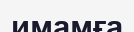
имамға